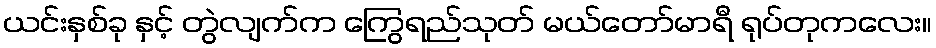
ယင်းနှစ်ခု နှင့် တွဲလျက်က ကြွေရည်သုတ် မယ်တော်မာရီ ရုပ်တုကလေး။